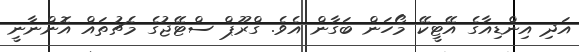
އަދި އިންޑިއާގެ އޭޓީކޭ މޯހަން ބަގާން އެވެ. ގްރޫޕް ސްޓޭޖުގެ މެޗުތައް އޮންނާނީ